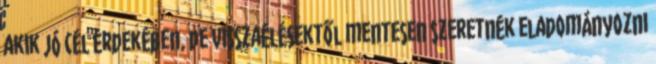
akik jó cél érdekében, de visszaélésektől mentesen szeretnék eladományozni